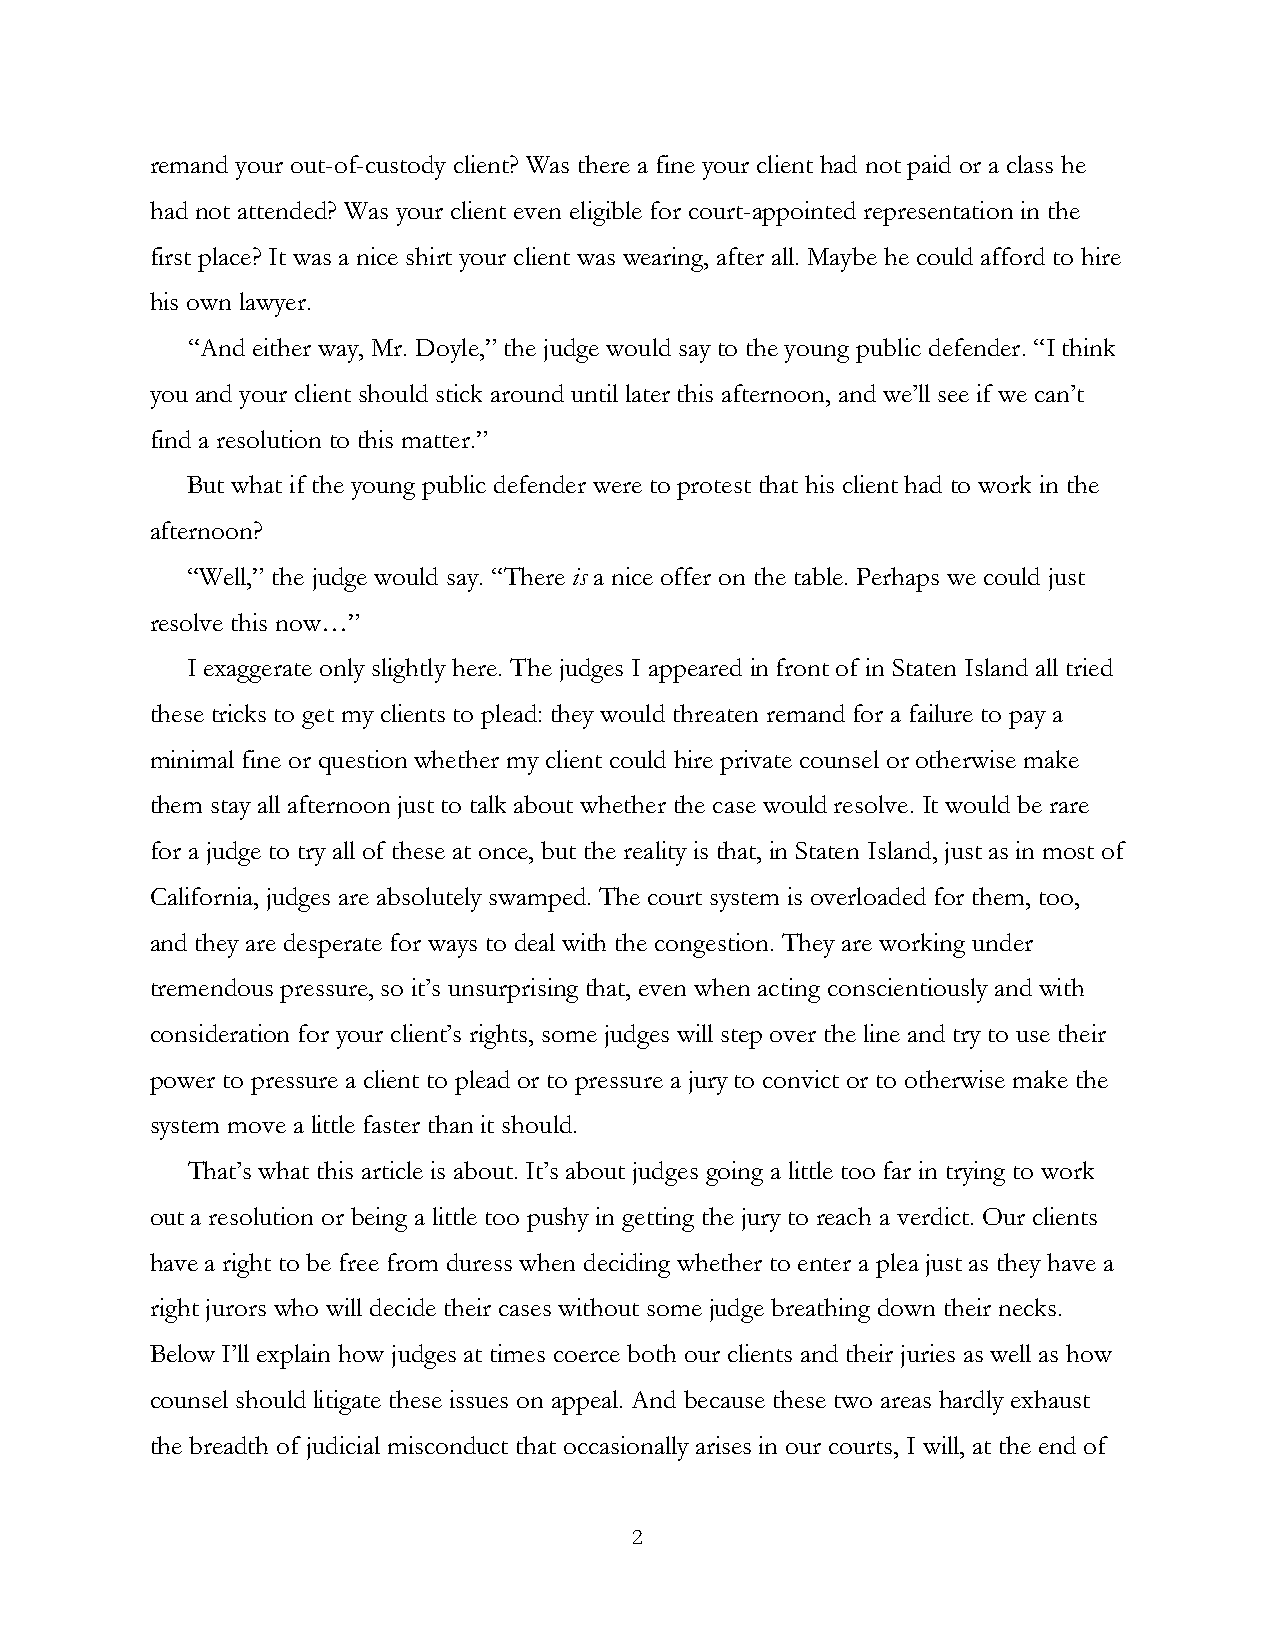
remand your out-of-custody client? Was there a fine your client had not paid or a class he
 had not attended? Was your client even eligible for court-appointed representation in the
 first place? It was a nice shirt your client was wearing, after all. Maybe he could afford to hire
 his own lawyer.
 “And either way, Mr. Doyle,” the judge would say to the young public defender. “I think
 you and your client should stick around until later this afternoon, and we’ll see if we can’t
 find a resolution to this matter.”
 But what if the young public defender were to protest that his client had to work in the
 afternoon?
 “Well,” the judge would say. “There is a nice offer on the table. Perhaps we could just
 resolve this now…”
 I exaggerate only slightly here. The judges I appeared in front of in Staten Island all tried
 these tricks to get my clients to plead: they would threaten remand for a failure to pay a
 minimal fine or question whether my client could hire private counsel or otherwise make
 them stay all afternoon just to talk about whether the case would resolve. It would be rare
 for a judge to try all of these at once, but the reality is that, in Staten Island, just as in most of
 California, judges are absolutely swamped. The court system is overloaded for them, too,
 and they are desperate for ways to deal with the congestion. They are working under
 tremendous pressure, so it’s unsurprising that, even when acting conscientiously and with
 consideration for your client’s rights, some judges will step over the line and try to use their
 power to pressure a client to plead or to pressure a jury to convict or to otherwise make the
 system move a little faster than it should.
 That’s what this article is about. It’s about judges going a little too far in trying to work
 out a resolution or being a little too pushy in getting the jury to reach a verdict. Our clients
 have a right to be free from duress when deciding whether to enter a plea just as they have a
 right jurors who will decide their cases without some judge breathing down their necks.
 Below I’ll explain how judges at times coerce both our clients and their juries as well as how
 counsel should litigate these issues on appeal. And because these two areas hardly exhaust
 the breadth of judicial misconduct that occasionally arises in our courts, I will, at the end of
 2